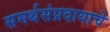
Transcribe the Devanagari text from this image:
समर्थसंप्रदायाचे